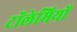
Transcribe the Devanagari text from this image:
टॉलेमियों